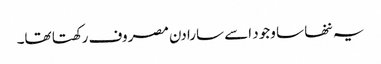
یہ ننھا سا وجود اسے سارا دن مصروف رکھتا تھا۔